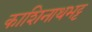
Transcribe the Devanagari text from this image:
काशिनाथभट्ट